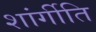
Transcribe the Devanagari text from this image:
शांर्गीति